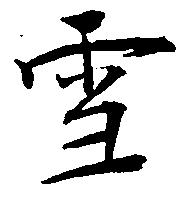
雪